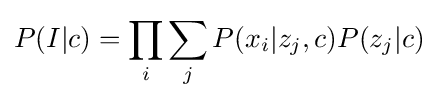
\displaystyle P(I|c)=\prod _{i}\sum _{j}P(x_{i}|z_{j},c)P(z_{j}|c)